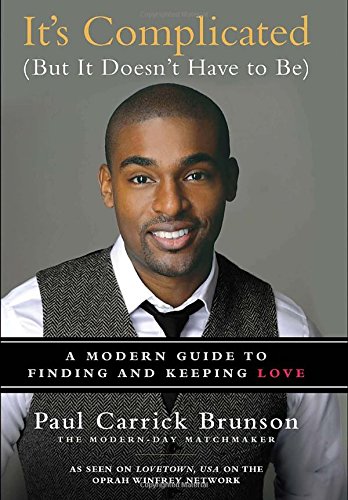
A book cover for It's Complicated (But It Doesn't Have to Be): A Modern Guide to Finding and Keeping Love; Paul Carrick Brunson; Self-Help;